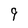
Character: 9